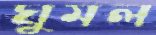
ঘুমল